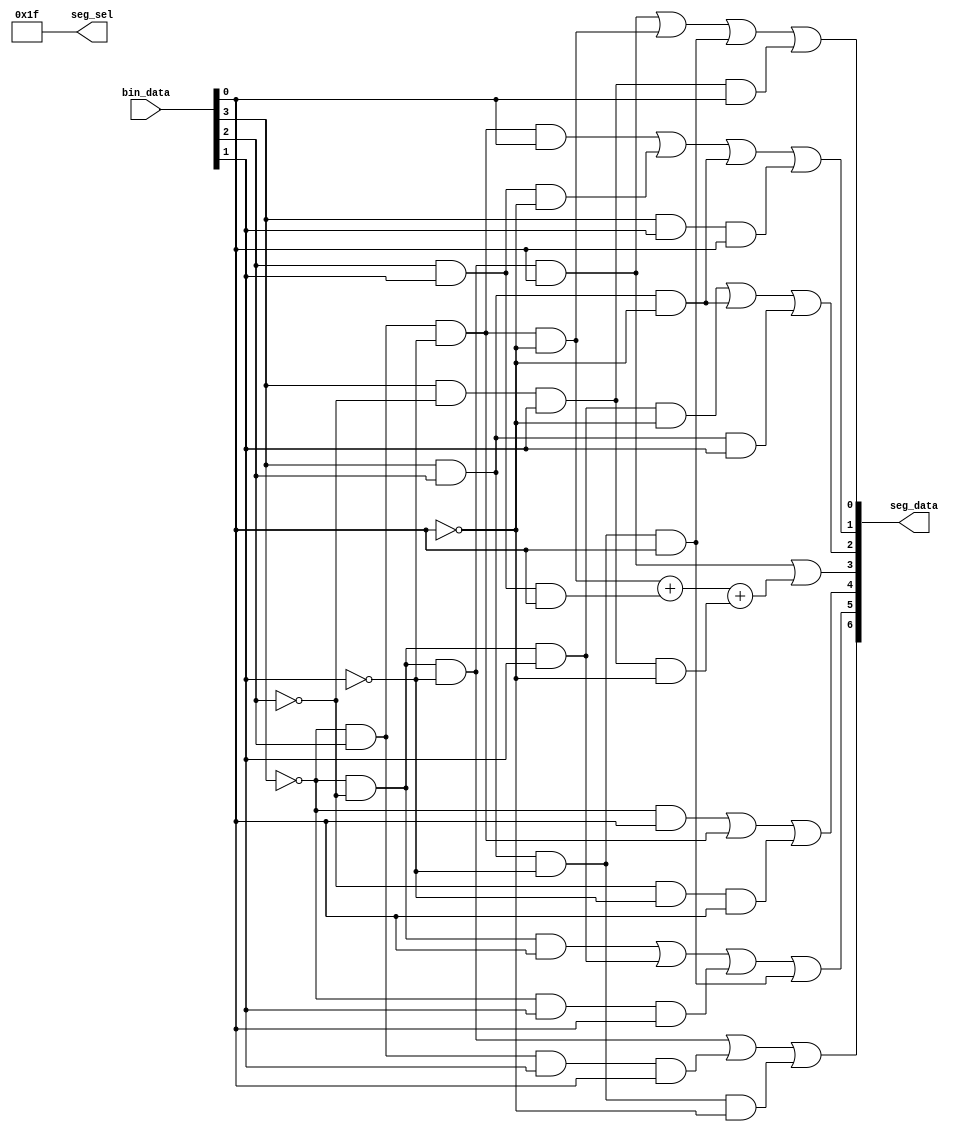
module Lab2
(
    input[3:0]      bin_data,     // bin data input
    output reg[6:0] seg_data,      // seven segments LED output
	 
    output reg[5:0] seg_sel         // register to select which segment to display digits on
);

wire A,B,C,D;
assign A = bin_data[3];
assign B = bin_data[2];
assign C = bin_data[1];
assign D = bin_data[0];

always@(*)
begin
	seg_sel = 6'b011_111;
	
// In minterm form the function was originally f = ~(ABCD) + ~A~B~CD + ~ABCD + AB~C~D
// Reduction:
// f = ~(ABCD) + ~A~B~CD + ~ABCD + AB~C~D
//   = ~(ABC)(~D + D) + ~ABCD + AB~C~D
//   = (~A~B~C) + ~ABCD + AB~C~D
	seg_data[6] = (~A&~B&~C) | ~A&B&C&D | A&B&~C&~D;
	seg_data[5] = (~A&~B&D) | (~A&~B&C) | (~A&C&D) | (A&B&~C&D);
	seg_data[4] = (~A&D) | (~A&B&~C) | (~B&~C&D);
	seg_data[3] = (~A&~B&~C&D) | (~A&B&~C&~D) + (B&C&D) + (A&~B&C&~D);
	seg_data[2] = (~A&~B&C&~D) | (A&B&~D) | (A&B&C);
	seg_data[1] = (~A&B&~C&D) | (B&C&~D) | (A&B&~D) | (A&C&D);
	seg_data[0] = (~A&~B&~C&D) | (~A&B&~C&~D) | (A&B&~C&D) | (A&~B&C&D);
	
	
end

endmodule